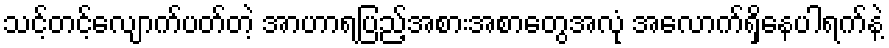
သင့်တင့်လျောက်ပတ်တဲ့ အာဟာရပြည့်အစားအစာတွေအလုံ အလောက်ရှိနေပါရက်နဲ့